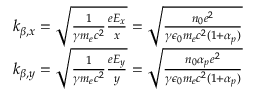
\begin{array} { r } { k _ { \beta , x } = \sqrt { \frac { 1 } { \gamma m _ { e } c ^ { 2 } } \frac { e E _ { x } } { x } } = \sqrt { \frac { n _ { 0 } e ^ { 2 } } { \gamma \epsilon _ { 0 } m _ { e } c ^ { 2 } ( 1 + \alpha _ { p } ) } } } \\ { k _ { \beta , y } = \sqrt { \frac { 1 } { \gamma m _ { e } c ^ { 2 } } \frac { e E _ { y } } { y } } = \sqrt { \frac { n _ { 0 } \alpha _ { p } e ^ { 2 } } { \gamma \epsilon _ { 0 } m _ { e } c ^ { 2 } ( 1 + \alpha _ { p } ) } } } \end{array}